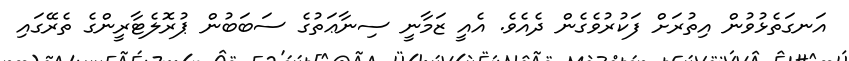
އަނގަތެޅުވުން އިތުރަށް ފަކުރުވެގެން ދެއެވެ. އެއީ ޒަމާނީ ސިނާޢަތުގެ ސަބަބުން ޕުރޮލެޓާރީންގެ ތެރޭގައި